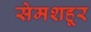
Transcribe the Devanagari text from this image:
सेमशहूर